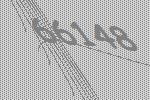
66148